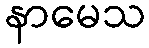
နာမေသ